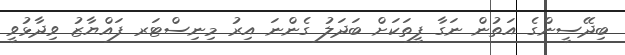
ބިދޭސީންގެ އަތުން ނަގާ ފީތަކަށް ބަދަލު ގެންނަ އިރު މިނިސްޓަރ ފައްޔާޒު ވިދާޅުވީ